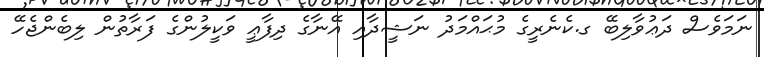
ނަމަވެސް ދަޢުވާލިބޭ ގ.ކެނެރީގެ މުޙައްމަދު ނަޝީދާއި އޭނާގެ ދިފާޢީ ވަކީލުންގެ ފަރާތުން ލިބެންޖެހޭ